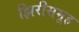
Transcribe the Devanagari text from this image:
झिरीसमूह